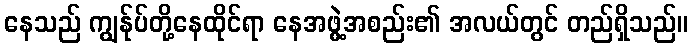
နေသည် ကျွန်ုပ်တို့နေထိုင်ရာ နေအဖွဲ့အစည်း၏ အလယ်တွင် တည်ရှိသည်။